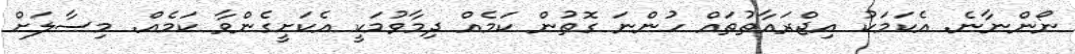
ނޯންނާނެ. އެކަމަކު އިޖްރައާތުތައް ހުންނަ ގޮތުން ކަމެއް ދިމާވުމަކީ އެކަށީގެންވާ ކަމެއް. މިސާލަށް